Vaccination in the Punjab 1897-1904 - 1897-1904
Year: 1897
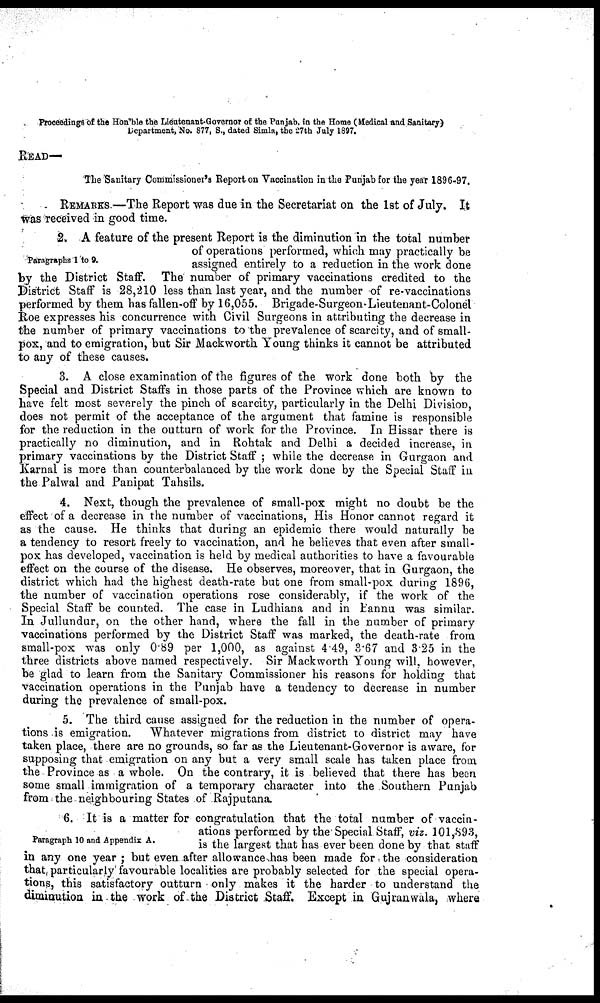
Proceedings of the Hon'ble the Liéutenant-Governor of the Panjab, in the Home (Medical and Sanitary)
Department, No. 877, S., dated Simla, the 27th July 1897.
READ—
The Sanitary Commissioner's Report on Vaccination in the Punjab for the year 1896-97.
REMARKS.—The Report was due in the Secretariat on the 1st of July. It
was received in good time.
Paragraphs 1 to 9.
2. A feature of the present Report is the diminution in the total number
of operations performed, which may practically be
assigned entirely to a reduction in the work done
by the District Staff. The number of primary vaccinations credited to the
District Staff is 28,210 less than last year, and the number of re-vaccinations
performed by them has fallen-off by 16,055. Brigade-Surgeon-Lieutenant-Colonel
Roe expresses his concurrence with Civil Surgeons in attributing the decrease in
the number of primary vaccinations to the prevalence of scarcity, and of small-
pox, and to emigration, but Sir Mackworth Young thinks it cannot be attributed
to any of these causes.
3. A close examination of the figures of the work done both by the
Special and District Staffs in those parts of the Province which are known to
have felt most severely the pinch of scarcity, particularly in the Delhi Division,
does not permit of the acceptance of the argument that famine is responsible
for the reduction in the outturn of work for the Province. In Hissar there is
practically no diminution, and in Rohtak and Delhi a decided increase, in
primary vaccinations by the District Staff ; while the decrease in Gurgaon and
Karnal is more than counterbalanced by the work done by the Special Staff in
the Palwal and Panipat Tahsils.
4. Next, though the prevalence of small-pox might no doubt be the
effect of a decrease in the number of vaccinations, His Honor cannot regard it
as the cause. He thinks that during an epidemic there would naturally be
a tendency to resort freely to vaccination, and he believes that even after small-
pox has developed, vaccination is held by medical authorities to have a favourable
effect on the course of the disease. He observes, moreover, that in Gurgaon, the
district which had the highest death-rate but one from small-pox during 1896,
the number of vaccination operations rose considerably, if the work of the
Special Staff be counted. The case in Ludhiana and in Bannu was similar.
In Jullundur, on the other hand, where the fall in the number of primary
vaccinations performed by the District Staff was marked, the death-rate from
small-pox was only 0.89 per 1,000, as against 4.49, 3.67 and 3.25 in the
three districts above named respectively. Sir Mackworth Young will, however,
be glad to learn from the Sanitary Commissioner his reasons for holding that
vaccination operations in the Punjab have a tendency to decrease in number
during the prevalence of small-pox.
5. The third cause assigned for the reduction in the number of opera-
tions is emigration. Whatever migrations from district to district may have
taken place, there are no grounds, so far as the Lieutenant-Governor is aware, for
supposing that emigration on any but a very small scale has taken place from
the Province as a whole. On the contrary, it is believed that there has been
some small immigration of a temporary character into the Southern Punjab
from the neighbouring States of Rajputana.
Paragraph 10 and Appendix A.
6. It is a matter for congratulation that the total number of vaccin-
ations performed by the Special Staff, viz. 101,893,
is the largest that has ever been done by that staff
in any one year ; but even after allowance has been made for the consideration
that particularly favourable localities are probably selected for the special opera-
tions, this satisfactory outturn only makes it the harder to understand the
diminution in the work of the District Staff. Except in Gujranwala, where